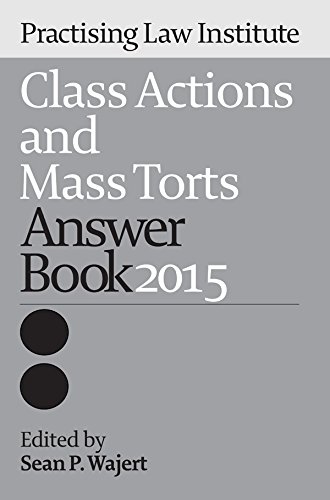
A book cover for Class Actions and Mass Torts Answer Book 2015; Law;